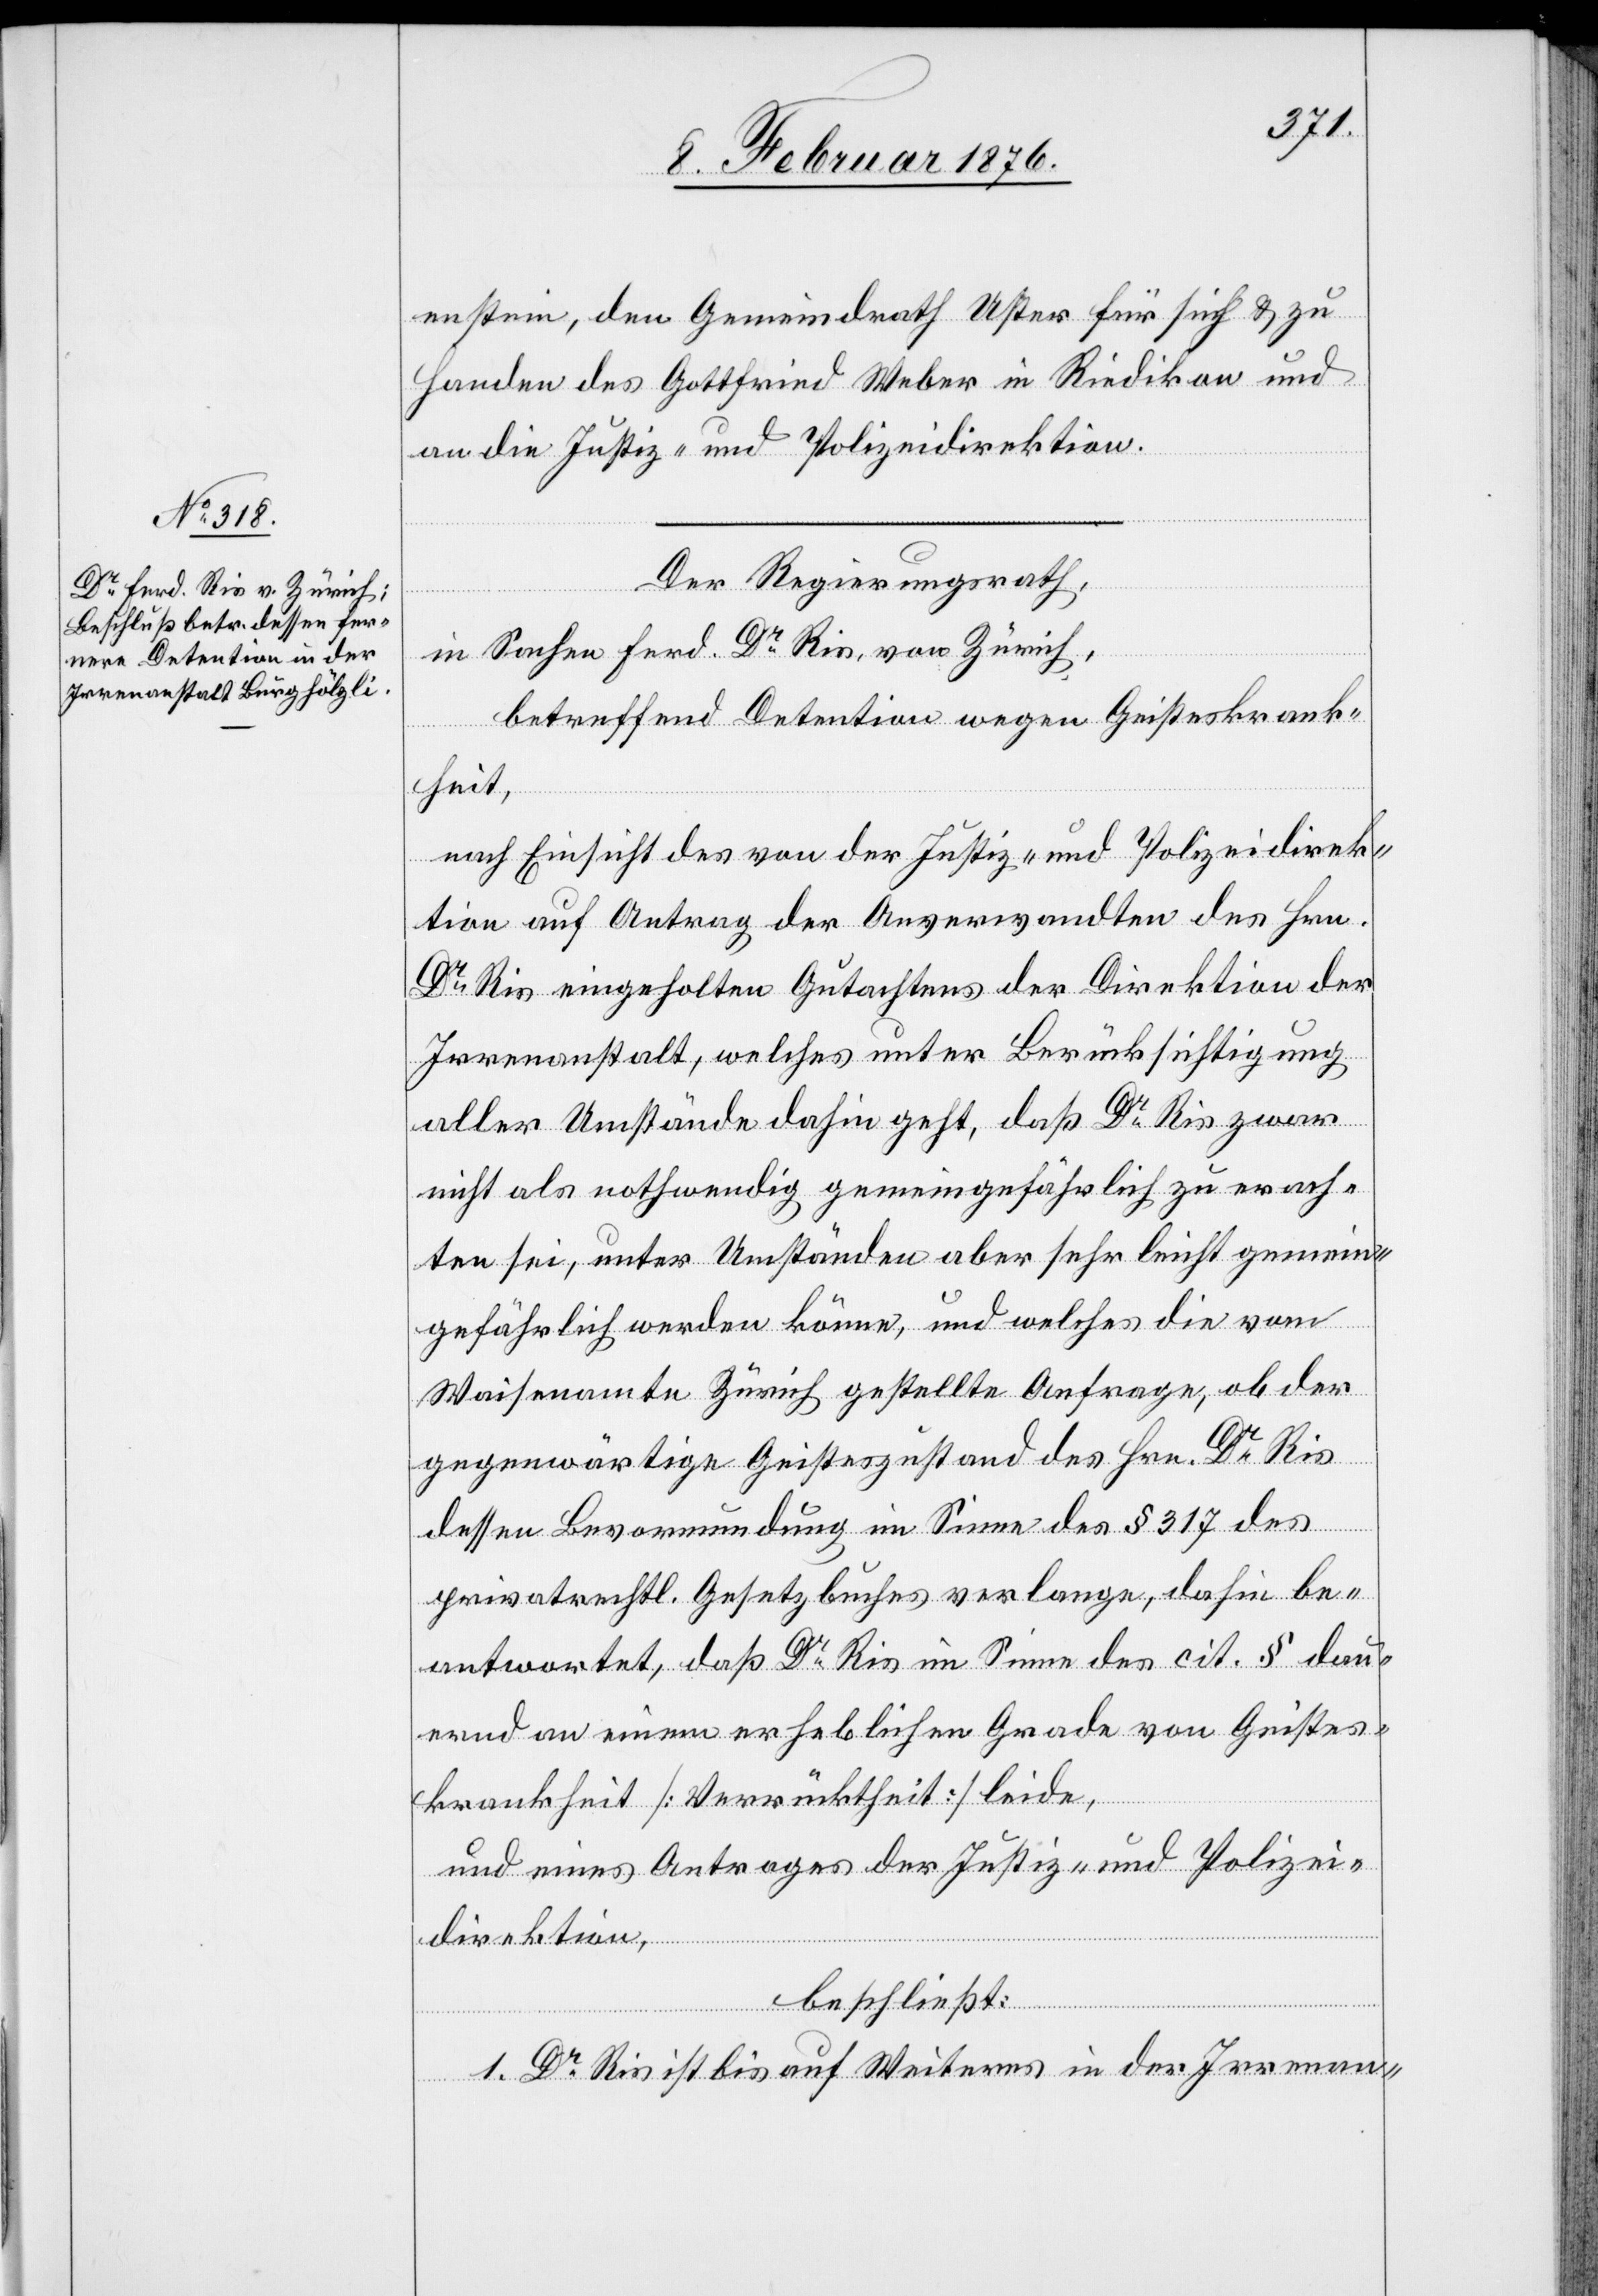
enstein, dem Gemeindrath Uster für sich & zu
Handen des Gottfried Weber in Riedikon und
an die Justiz- und Polizeidirektion.
Der Regierungsrath,
in Sachen Ferd. Dr Ris, von Zürich,
betreffend Detention wegen Geisteskrank¬
heit,
nach Einsicht des von der Justiz- und Polizeidirek¬
tion auf Antrag der Anverwandten des Hrn.
Dr Ris eingeholten Gutachtens der Direktion der
Irrenanstalt, welches unter Berücksichtigung
aller Umstände dahin geht, daß Dr Ris zwar
nicht als nothwendig gemeingefährlich zu erach¬
ten sei, unter Umständen aber sehr leicht gemein¬
gefährlich werden könne, und welches die vom
Waisenamte Zürich gestellte Anfrage, ob der
gegenwärtige Geisteszustand und des Hrn. Dr Ris
dessen Bevormundung im Sinne des § 317 des
privatrechtl. Gesetzbuches verlange, dahin be¬
antwortet, daß Dr Ris im Sinne des cit. § dau¬
ernd an einem erheblichen Grade von Geistes¬
krankheit [Verrücktheit] leide,
und eines Antrages der Justiz- und Polizei¬
direktion,
beschließt:
1. Dr Ris ist bis auf Weiteres in der Irrenan-